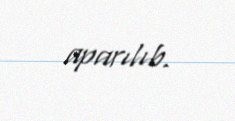
aparılıb.